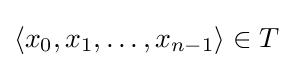
\langle x_{0},x_{1},\ldots ,x_{n-1}\rangle \in T